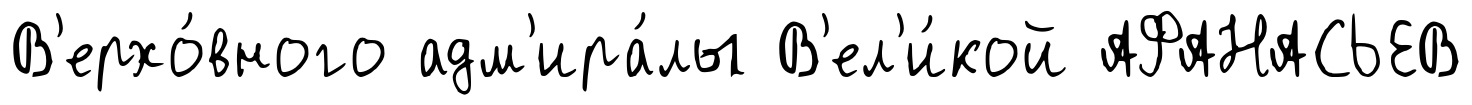
В'ерхо́вного адм'ира́лы В'ел'и́кой АФАНАСЬЕВ